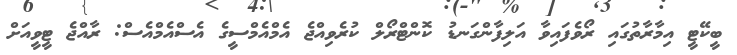
ބީކޭޓީ އިމާރާތުގައި ރޯވެފައިވާ އަލިފާންގަނޑު ކޮންޓްރޯލް ކުރެވިއްޖެ އެމްއެމްސީގެ އެސްއެމްއެސް: ރާއްޖެ ޓީވީއަށް